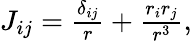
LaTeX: \begin{array}{r}{J_{ij}=\frac{\delta_{ij}}{r}+\frac{r_{i}r_{j}}{r^{3}},}\end{array}